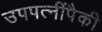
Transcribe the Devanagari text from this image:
उपपत्नींपैकी